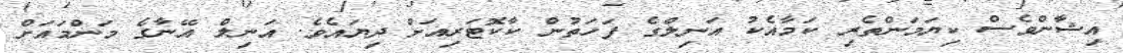
އިޝާންވެސް ކިޔަމަންތެރި ކަމާއެކު އަނިލްގެ ފަހަތުން ކާކޮޓަރިއަށް ދިޔައެވެ. އަނިލް އޭނާގެ މަންމައަށް